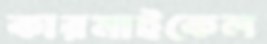
কারমাইকেল